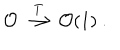
\mathcal { O } \stackrel { T } { \longrightarrow } \mathcal { O } ( 1 ) \ .